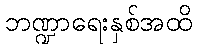
ဘဏ္ဍာရေးနှစ်အထိ